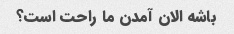
باشه الان آمدن ما راحت است؟